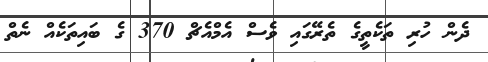
ދެން ހުރި ތަކެތީގެ ތެރޭގައި ވެސް އެމްއެޗް 370 ގެ ބައިތަކެއް ނެތް